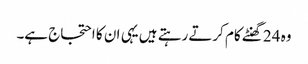
وہ 24 گھنٹے کام کرتے رہتے ہیں یہی ان کا احتجاج ہے۔